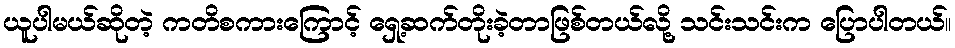
ယူပါမယ်ဆိုတဲ့ ကတိစကားကြောင့် ရှေ့ဆက်တိုးခဲ့တာဖြစ်တယ်လို့ သင်းသင်းက ပြောပါတယ်။